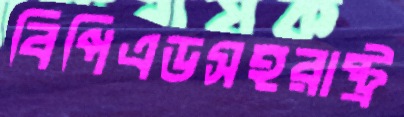
বিপিএডসহরাষ্ট্র